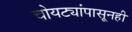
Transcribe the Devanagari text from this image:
चोयट्यांपासूनही